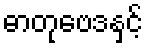
ဓာတုဗေဒနှင့်